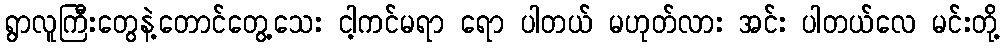
ရွာလူကြီးတွေနဲ့တောင်တွေ့သေး ငါ့ကင်မရာ ရော ပါတယ် မဟုတ်လား အင်း ပါတယ်လေ မင်းတို့